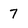
Character: 7